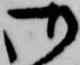
御